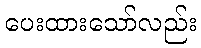
ပေးထားသော်လည်း